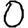
Digit: 0